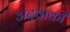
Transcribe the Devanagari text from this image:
अंदवाकी